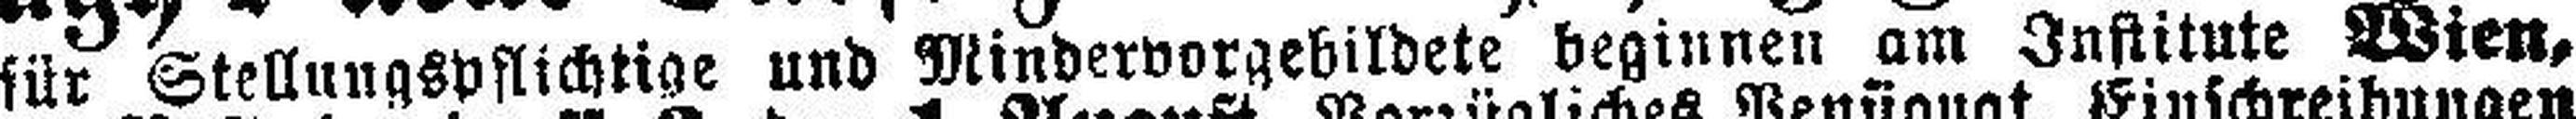
für Stellungspflichtige und Mindervorgebildete beginnen am Institute Wien,